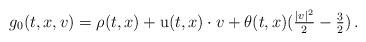
LaTeX: \begin{align*}g_0(t,x,v) = \rho(t,x) + \mathrm{u}(t,x)\cdot v + \theta(t,x)(\tfrac{|v|^2}{2}-\tfrac{3}{2})\,.\end{align*}